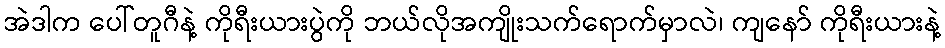
အဲဒါက ပေါ်တူဂီနဲ့ ကိုရီးယားပွဲကို ဘယ်လိုအကျိုးသက်ရောက်မှာလဲ၊ ကျနော် ကိုရီးယားနဲ့